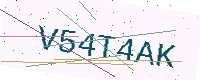
Text: V54T4AK